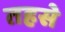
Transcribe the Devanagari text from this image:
तहसे